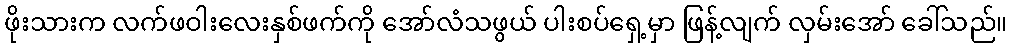
ဖိုးသားက လက်ဖဝါးလေးနှစ်ဖက်ကို အော်လံသဖွယ် ပါးစပ်ရှေ့မှာ ဖြန့်လျက် လှမ်းအော် ခေါ်သည်။